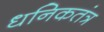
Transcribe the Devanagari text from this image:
धनिकतंत्र